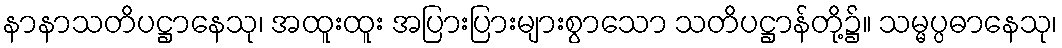
နာနာသတိပဋ္ဌာနေသု၊ အထူးထူး အပြားပြားများစွာသော သတိပဋ္ဌာန်တို့၌။ သမ္မပ္ပဓာနေသု၊